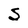
Character: S